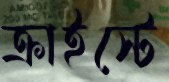
ক্রাইস্টে